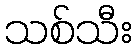
သစ်သီး